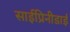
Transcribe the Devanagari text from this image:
साईप्रिनीडाई